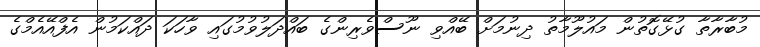
މުބާރާތާ ގުޅޭގޮތުން މައުލޫމާތު ދިނުމަށް ބޭއްވި ނޫސްވެރިންގެ ބައްދަލުވުމުގައި ވާހަކަ ދައްކަމުން އެފްއޭއެމްގެ